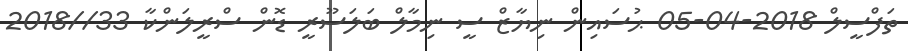
ތަފްސީލް 2018-04-05 ޙުސައިން ނިޔާޒް ސީ ނިމާލް ބަލަސޫރީ ޑޮން ސްރީލަންކާ 33//2018